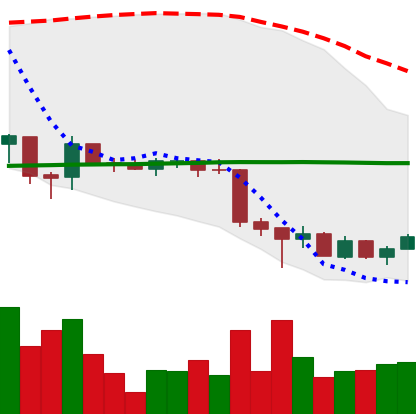
Ticker: EOS-USD
Chart end date: 2018-06-30
Forward return: 9.721%
Label: up_7plus